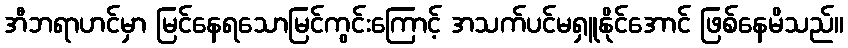
အီဘရာဟင်မှာ မြင်နေရသောမြင်ကွင်းကြောင့် အသက်ပင်မရှူနိုင်အောင် ဖြစ်နေမိသည်။